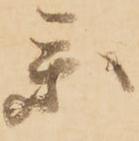
参